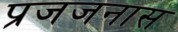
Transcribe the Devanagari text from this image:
प्रजजनास